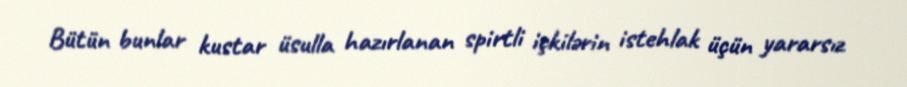
Bütün bunlar kustar üsulla hazırlanan spirtli içkilərin istehlak üçün yararsız